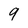
Character: 9